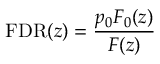
\mathrm { F D R } ( z ) = { \frac { p _ { 0 } F _ { 0 } ( z ) } { F ( z ) } }